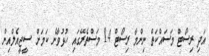
އަދި ރިސޯޓް މަސައްކަތް ނިންމާ ރިސޯޓް 14 މަސްތެރޭގައި ހުޅުވާނެ ކަމަށް ސީޖީއެލްއިން